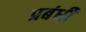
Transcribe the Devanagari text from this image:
प्रबंधी